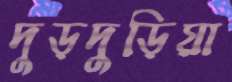
দুড়দুড়িয়া